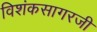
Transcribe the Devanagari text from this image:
विशंकसागरजी